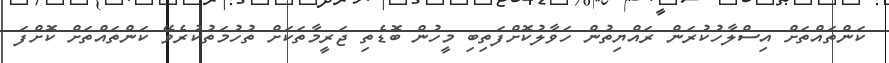
ކަންތައްތަށް އިސްލާހުކުރަން ރައްޔިތުން ހަވާލުކޮށްފަތިބި މީހުން ބޮޑެތި ޖަރީމާތަކަށް ތުހުމަތުކުރެވޭ ކަންތައްތަށް ކޮށްފަ